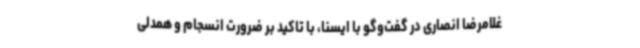
غلامرضا انصاری در گفت‌وگو با ایسنا،‌ با تاکید بر ضرورت انسجام و همدلی